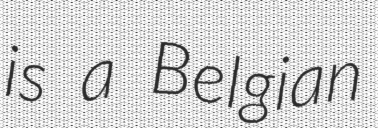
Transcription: is a Belgian